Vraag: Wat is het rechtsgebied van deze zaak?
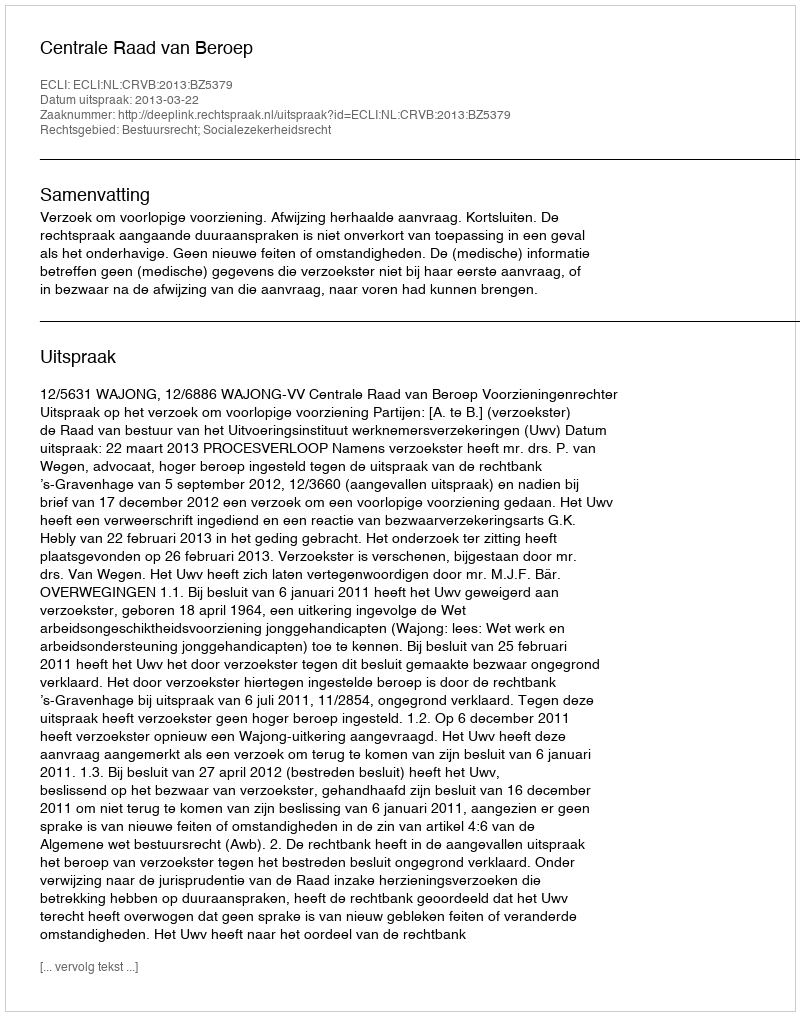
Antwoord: Bestuursrecht; Socialezekerheidsrecht